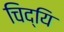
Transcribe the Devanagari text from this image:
चिद्यि